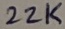
Text: 22K